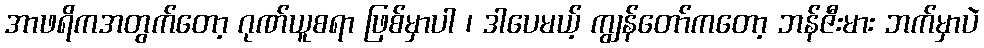
အာဖရိကအတွက်တော့ ဂုဏ်ယူစရာ ဖြစ်မှာပါ ၊ ဒါပေမယ့် ကျွန်တော်ကတော့ ဘန်ဇီးမား ဘက်မှာပဲ